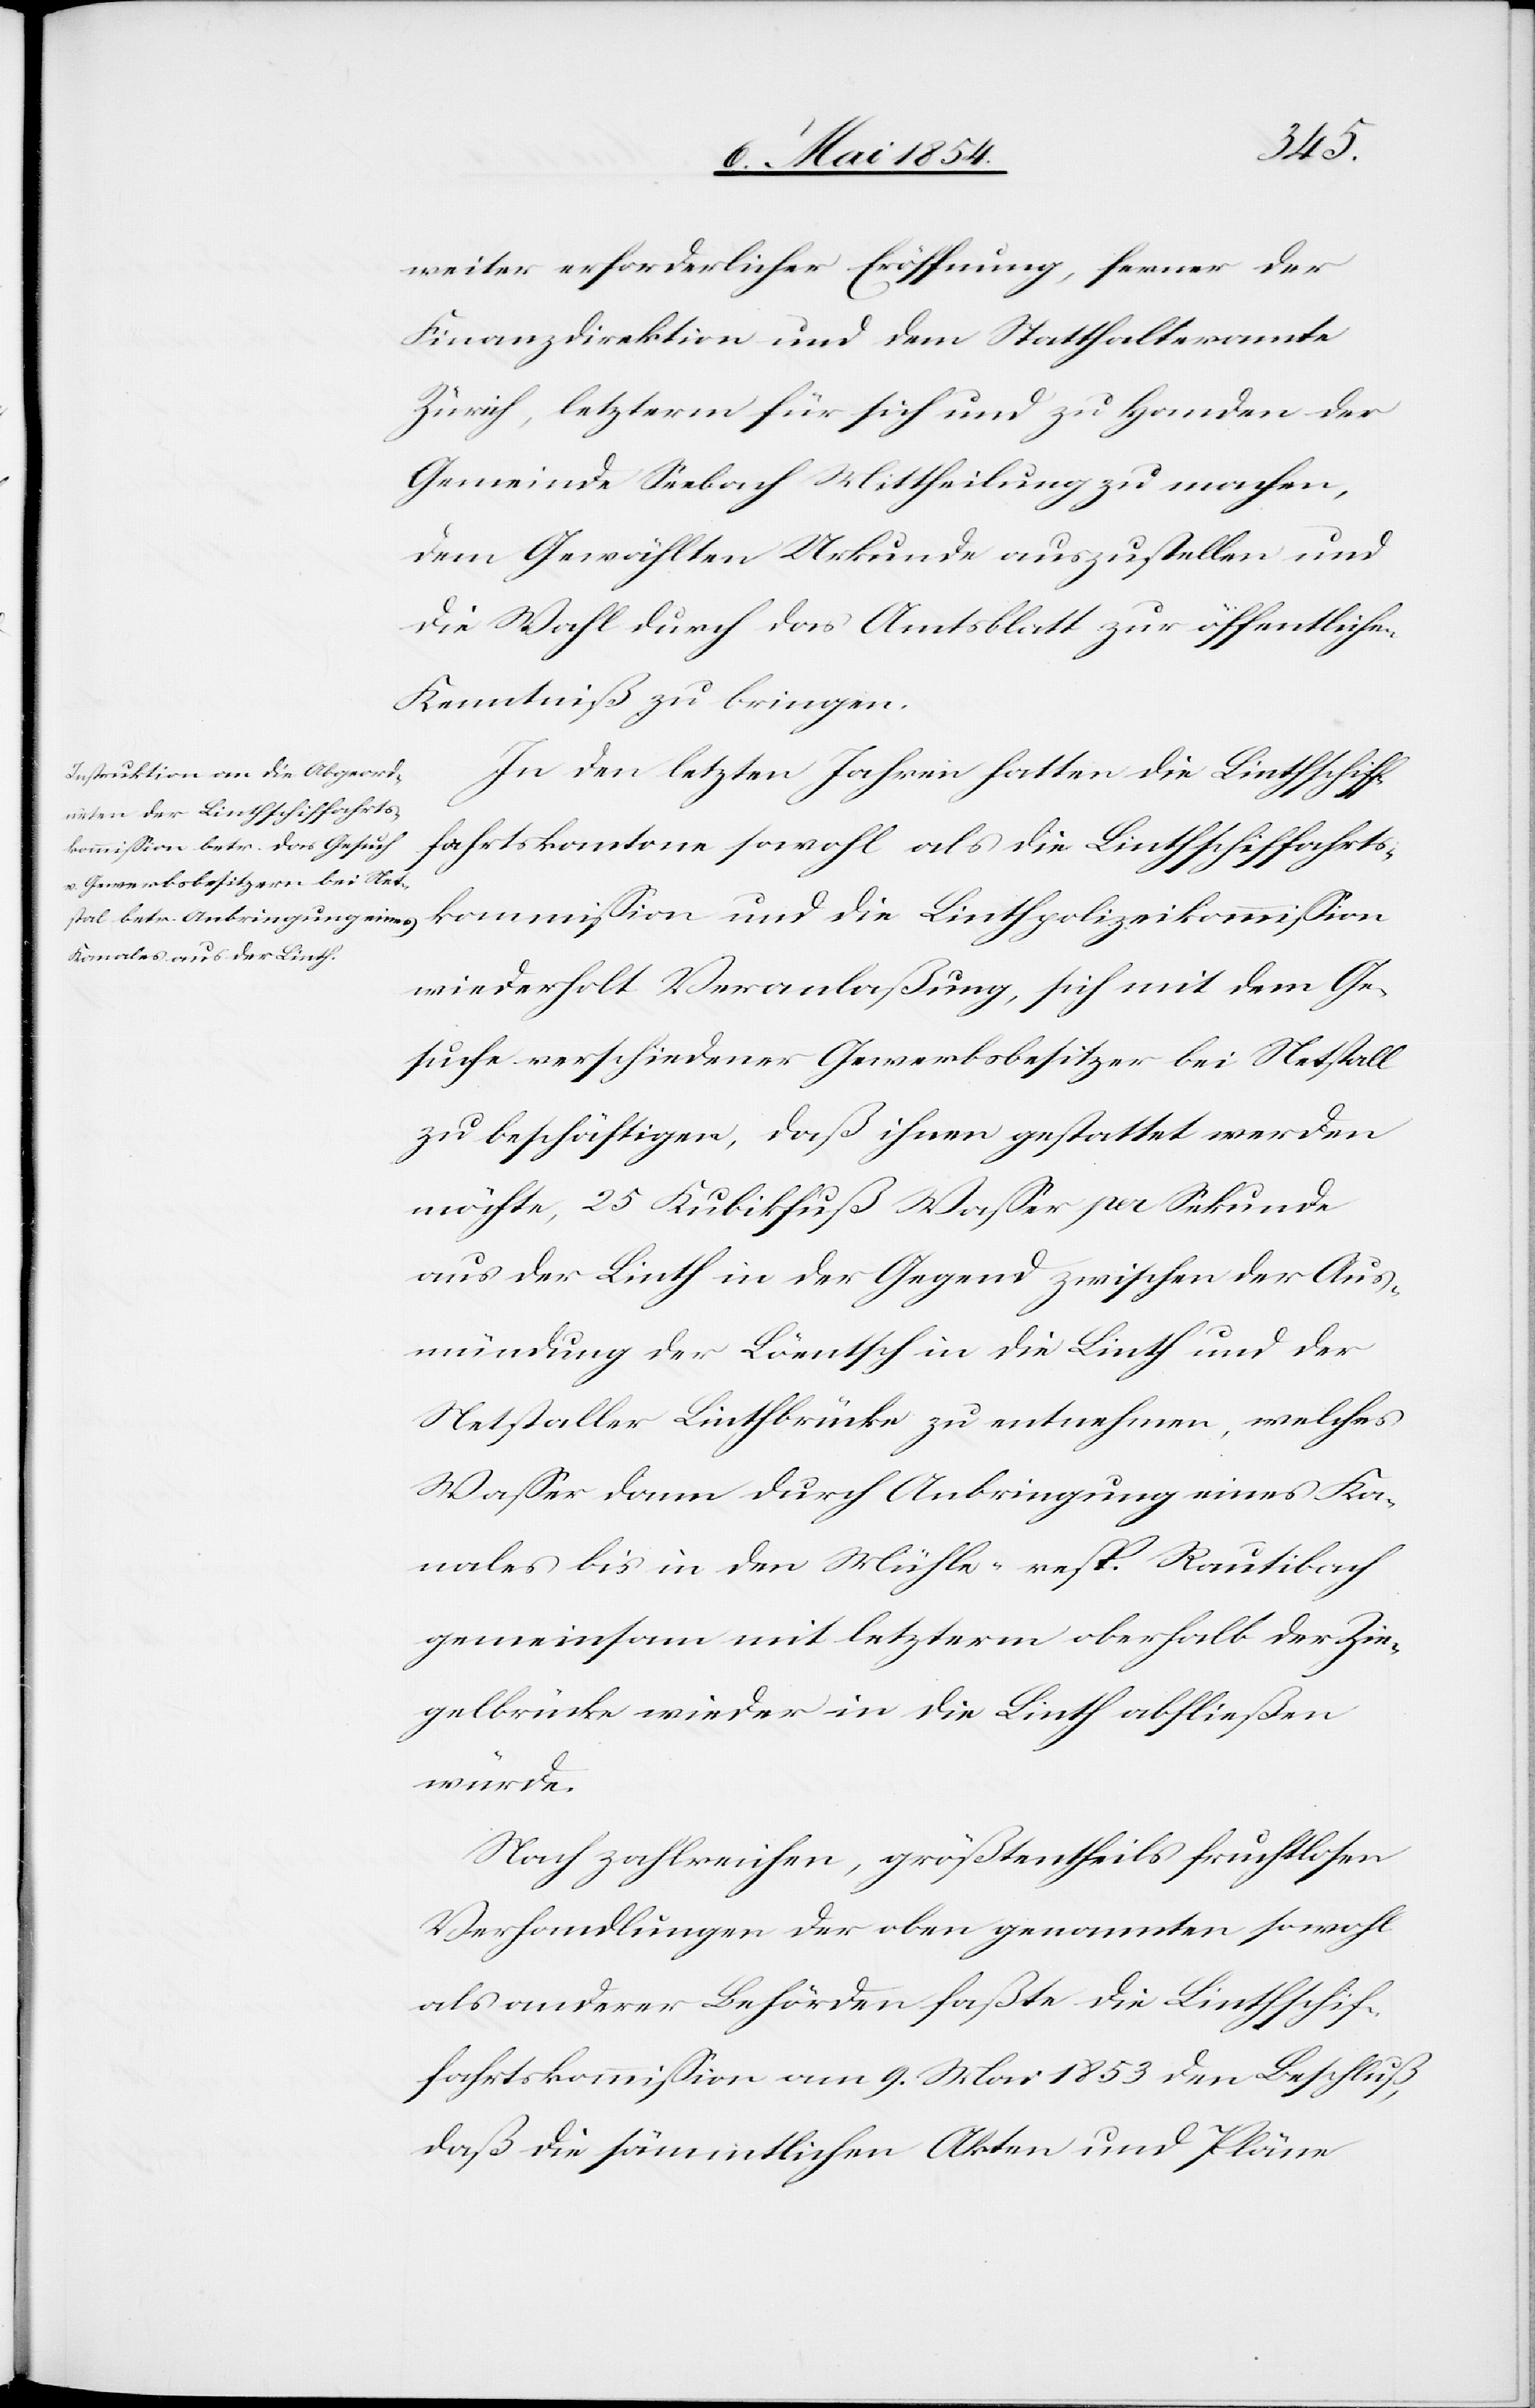
weiter erforderlicher Eröffnung, ferner der
Finanzdirektion und dem Statthalteramte
Zürich, letzterm für sich und zu Handen der
Gemeinde Seebach Mittheilung zu machen,
dem Gewählten Urkunde auszustellen und
die Wahl durch das Amtsblatt zur öffentlichen
Kenntniß zu bringen.
In den letzten Jahren hatten die Linthschiff¬
ahrtskantone sowohl als die Linthschiffahrts¬
kommißion und die Linthpolizeikommißion
wiederholt Veranlaßung, sich mit dem Ge¬
suche verschiedener Gewerbsbesitzer bei Netstall
zu beschäftigen, daß ihnen gestattet werden
möchte, 25 Kubikfuß Waßer per Sekunde
aus der Linth in der Gegend zwischen der Aus¬
mündung der Löentsch in die Linth und der
Netstaller Linthbrücke zu entnehmen, welches
Waßer dann durch Anbringung eines Ka¬
nales bis in den Mühle- resp. Rautibach
gemeinsam mit letzterm oberhalb der Zie¬
gelbrücke wieder in die Linth abfließen
würde.
Nach zahlreichen, größtentheils fruchtlosen
Verhandlungen der oben genannten sowohl
als anderer Behörden faßte die Linthschif¬
fahrtskommißion am 9. Mai 1853 den Beschluß,
daß die sämmtlichen Akten und Pläne